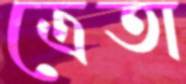
ত্রেতা